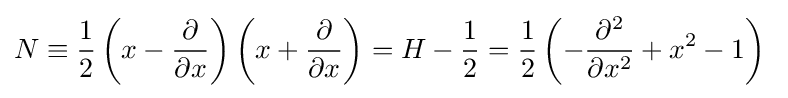
N\equiv {\frac {1}{2}}\left(x-{\frac {\partial }{\partial x}}\right)\left(x+{\frac {\partial }{\partial x}}\right)=H-{\frac {1}{2}}={\frac {1}{2}}\left(-{\frac {\partial ^{2}}{\partial x^{2}}}+x^{2}-1\right)~